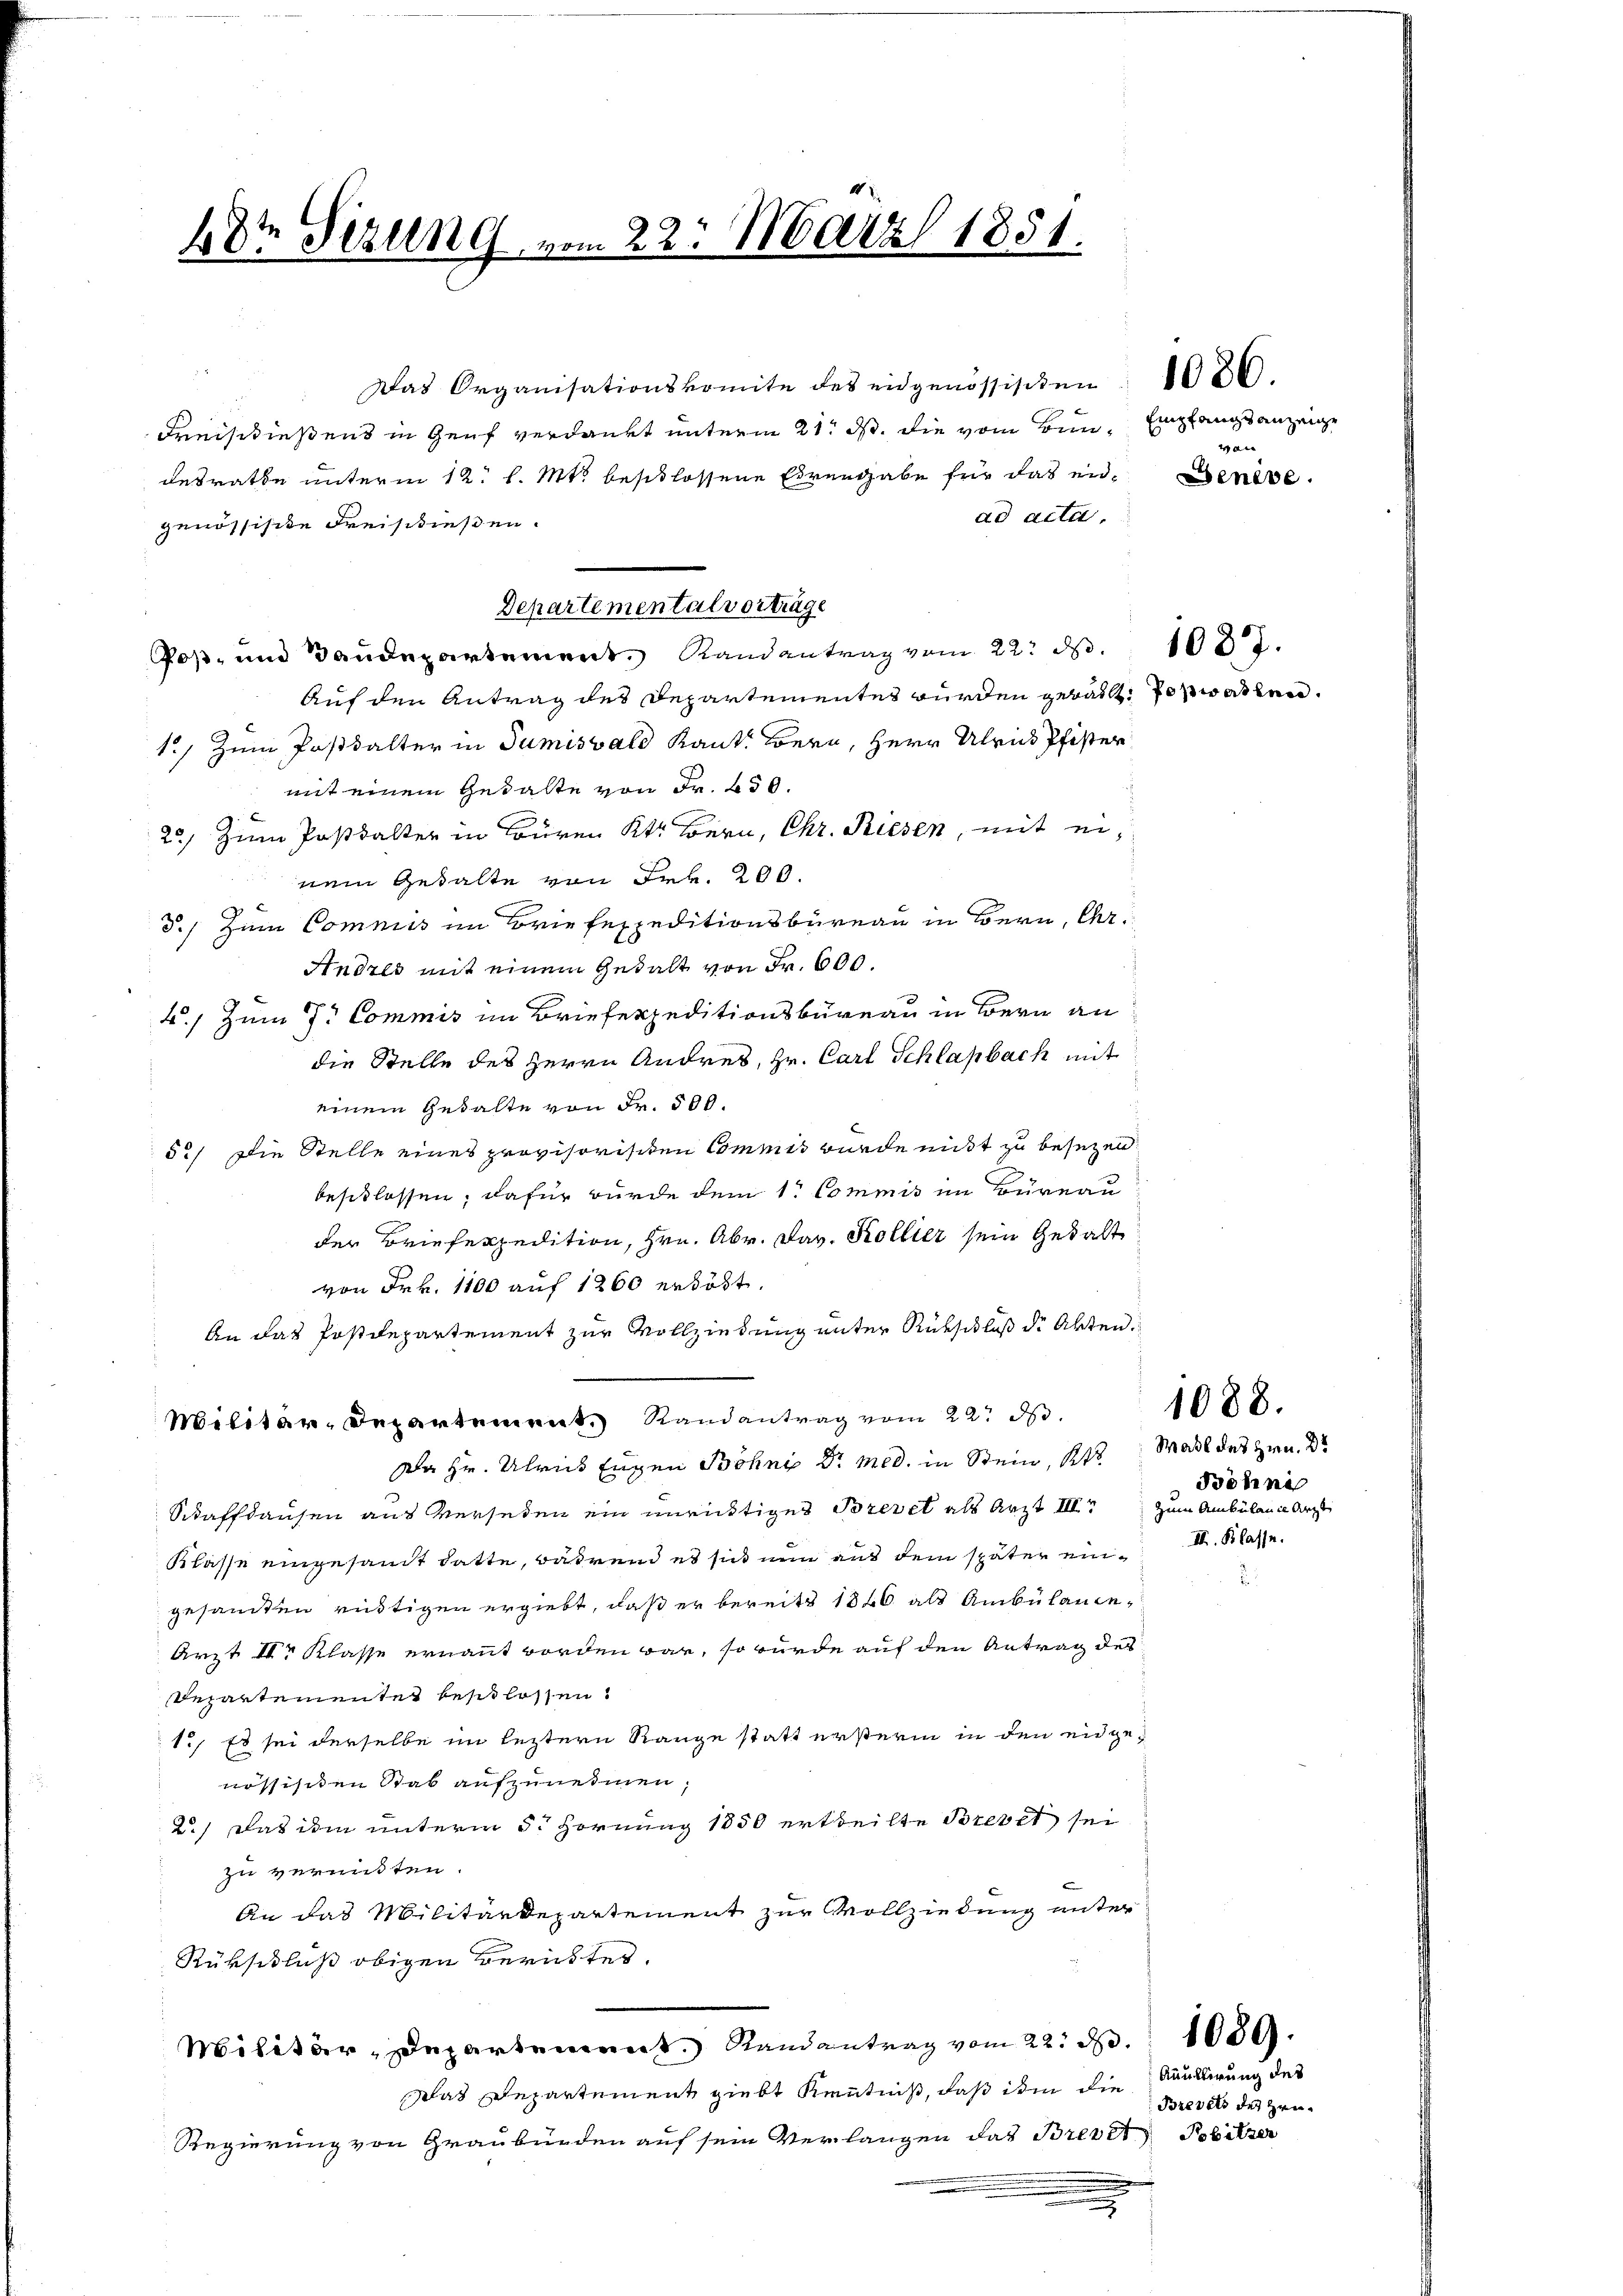
Kreischießens in Genf verdankt unterm 21. ds. die vom Bun- Empfangsanzeige
desrathe unterm 12. l. Mts. beschlossene Ehrengabe für das eid. Dense
ad acta.
genössische Freis diesen.
Post- und Baudepartement. Randantrag vom 22. d. 1037.
Auf den Antrag des Departementes würden gerath vorwarten.
c
1.) Zum Postdalter in Tumisvald Kant. Bern, Herr Ulrich Pfister
mit einem Gedalte von Fr. 650.
25) Zum Postkalter in Büren Kt. Bern, Chr. Riesen, mit einem Gehalte von Frk. 200.
d.) zum Commis im Briefespeditionsbüreau in Bern, Chr.
Andres mit einem Gedalt von Fr. 600.
4.) Zum 7te Commis im Briefexpeditionsbüreau in Bern an
die Stelle des Herrn Andres, Hr. Carl Schlaßbach mit
einem Gehalte von Fr. 500.
52) Die Stelle eines provisorischen Commis wurde nicht zu besezen.
beschlossen, dafür wurde dem 1t Commis in Bureau
der Briefexpedition, Hrn. Abr. Dav. Kollier sein Gedant
von Frk. 1100 auf 1200 erböst.
An das Postdepartement zur Vollziehung unter Rutschluß der Akten.
Militär-Departement. Randantrag vom 22. d.
Da Hr. Ulrich Eugen Böhne Dr. Med. in Stein, St. Mail des Hrn. Dr
Staffhausen aus verseden ein unrichtiges Brevet als Arzt III zum Ambülance Arzt
Klasse eingesamt hatte, während es sich nun aus dem später eingesamten rüstigen ergiebt, daß er bereits 1846 als Ambülance
Arzt Dr Klasse ernannt worden war, so wurde auf den Antrag des
Departementet beschlossen.
1., Es sei derselbe im leztern Range statt ersterm in den eidge-
nössischen Stab aufzunehmen;
2.) Das ihm unterm 3. Hornung 1850 ertheilte Brevet sei
zu vermitten.
An das Militärdepartement zur Vollziehung unter
Rükschluß obigen Berichtes.
Militär-Departement. Randantrag vom 22. d. 1089.
Das Departement giebt Kenntniß, daß ihm die
Regierung von Graubürden auf sein Verlangen das Brevet Pobitzer

48te Serung vom 22. März 1851.

Departemental vorträge

Das Organisationskomite des eidgenössischen. 1036.

von

Bödne
II. Klasse.

1088.

Anullirung des
Brevels des Hei¬